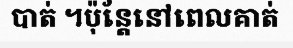
បាត់ ។ប៉ុន្តែនៅពេលគាត់